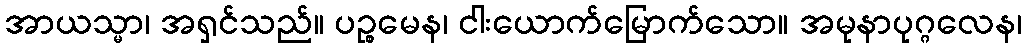
အာယသ္မာ၊ အရှင်သည်။ ပဉ္စမေန၊ ငါးယောက်မြောက်သော။ အမုနာပုဂ္ဂလေန၊